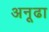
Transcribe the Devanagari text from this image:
अनूढा